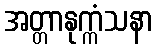
အတ္တာနုက္ကံသနာ